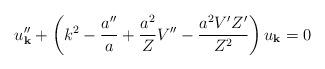
LaTeX: \begin{align*}u_{\bf k}^{\prime \prime} + \left( k^2 -\frac{a^{\prime \prime}}{a} + \frac{a^2}{Z} V^{\prime\prime} -\frac{a^2 V^{\prime} Z^{\prime}}{Z^2} \right)u_{\bf k} = 0\end{align*}